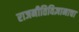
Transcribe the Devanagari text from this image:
राजनीतिविज्ञानाचा